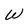
Character: W